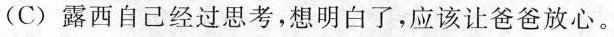
(C)露西自己经过思考，想明白了，应该让爸爸放心。